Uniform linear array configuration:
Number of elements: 4
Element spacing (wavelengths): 0.25
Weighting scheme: uniform
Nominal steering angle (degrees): -15
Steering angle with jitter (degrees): -16.84
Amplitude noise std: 0.05
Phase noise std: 0.05

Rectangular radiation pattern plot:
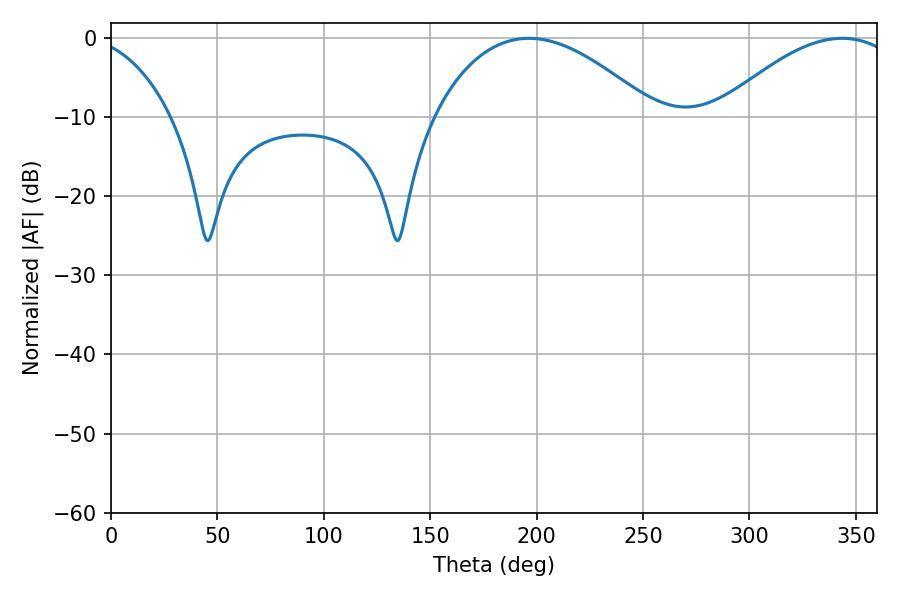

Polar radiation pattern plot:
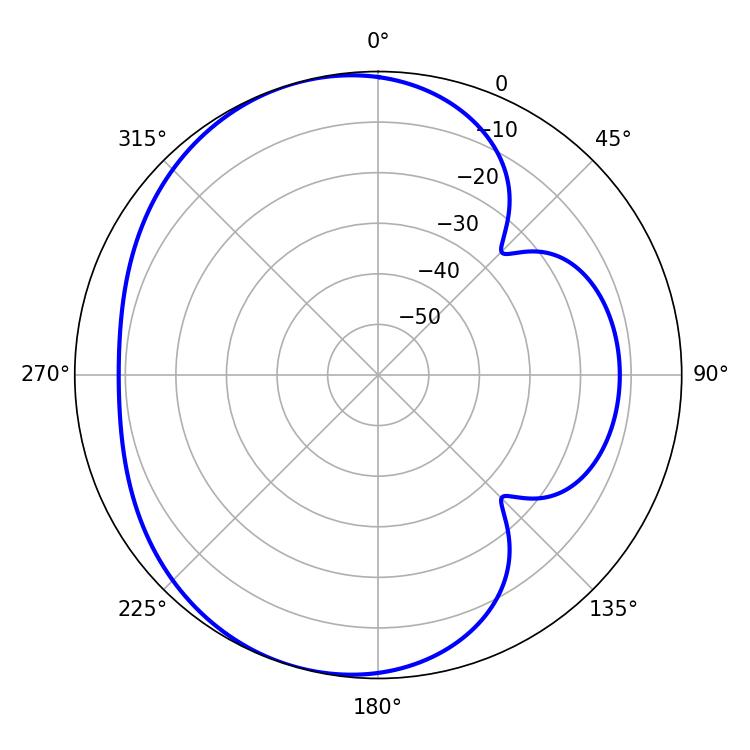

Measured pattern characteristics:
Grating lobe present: FALSE
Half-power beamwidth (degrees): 57.42
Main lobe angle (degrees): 196.38